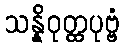
သန္နိဝုတ္ထပုဗ္ဗံ